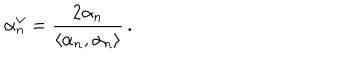
\alpha _ { n } ^ { \vee } = \frac { 2 \alpha _ { n } } { \langle \alpha _ { n } , \alpha _ { n } \rangle } \, .